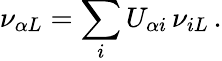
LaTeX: \nu_{{\alpha}L}=\sum_{i}U_{{\alpha}i}\, \nu_{iL}\, .